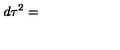
d \tau ^ { 2 } =